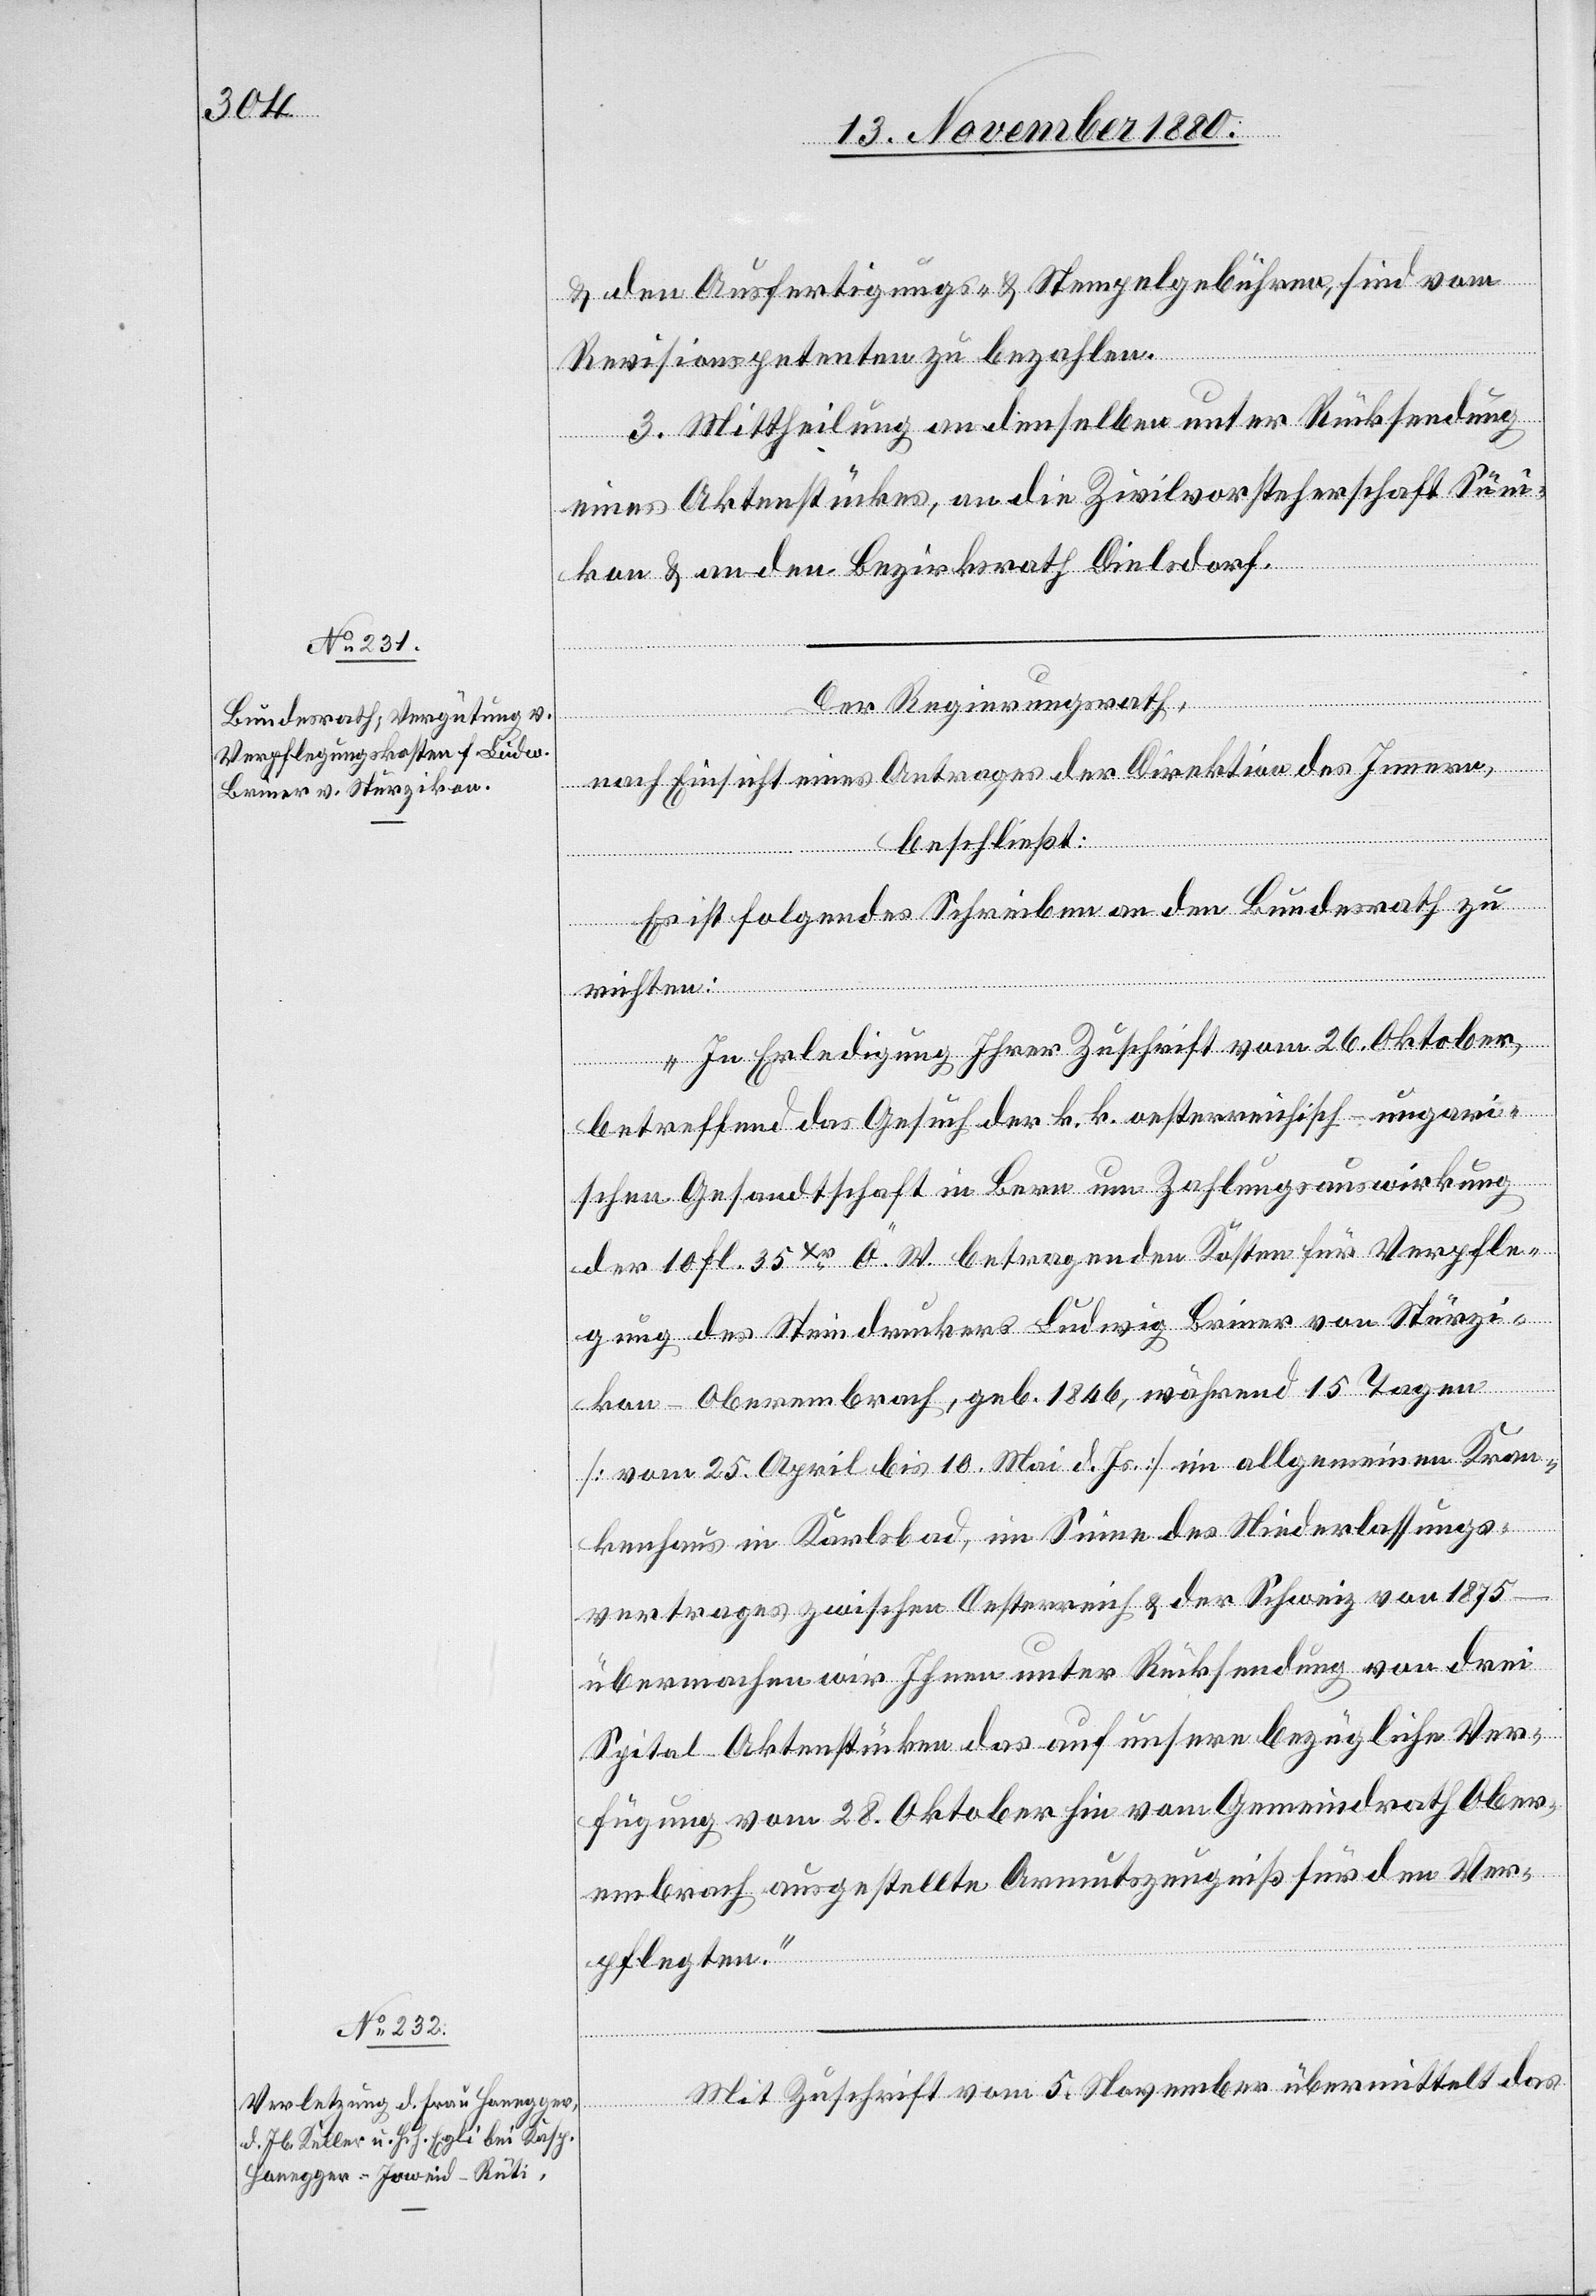
& den Ausfertigungs- & Stempelgebühren sind vom
Revisionspetenten zu bezahlen.
3. Mittheilung an denselben unter Rücksendung
eines Aktenstückes, an die Zivilvorsteherschaft Süni¬
kon & an den Bezirksrath Dielsdorf.
Der Regierungsrath,
nach Einsicht eines Antrages der Direktion des Innern,
beschließt:
Es ist folgendes Schreiben an den Bundesrath zu
richten:
„In Erledigung Ihrer Zuschrift vom 26. Oktober,
betreffend das Gesuch der k. k. oesterreichisch-ungari¬
schen Gesandtschaft in Bern um Zahlungsauswirkung
der 10 fl. 35 Xr Ö. W. betragenden Kosten für Verpfle¬
gung des Steindruckers Ludwig Briner von Stürzi¬
kon - Oberembrach, geb. 1846, während 15 Tagen
[vom 25. April bis 10. Mai d. Js.] im allgemeinen Kran¬
kenhaus in Karlsbad, im Sinne des Niederlassungs¬
vertrages zwischen Oesterreich & der Schweiz von 1875
übermachen wir Ihnen unter Rücksendung von drei
Spital-Aktenstücken das auf unsere bezügliche Ver¬
fügung vom 28. Oktober hin vom Gemeindrath Ober¬
embrach ausgestellte Armutszeugniß für den Ver¬
pflegten.“
Mit Zuschrift vom 5. November übermittelt das